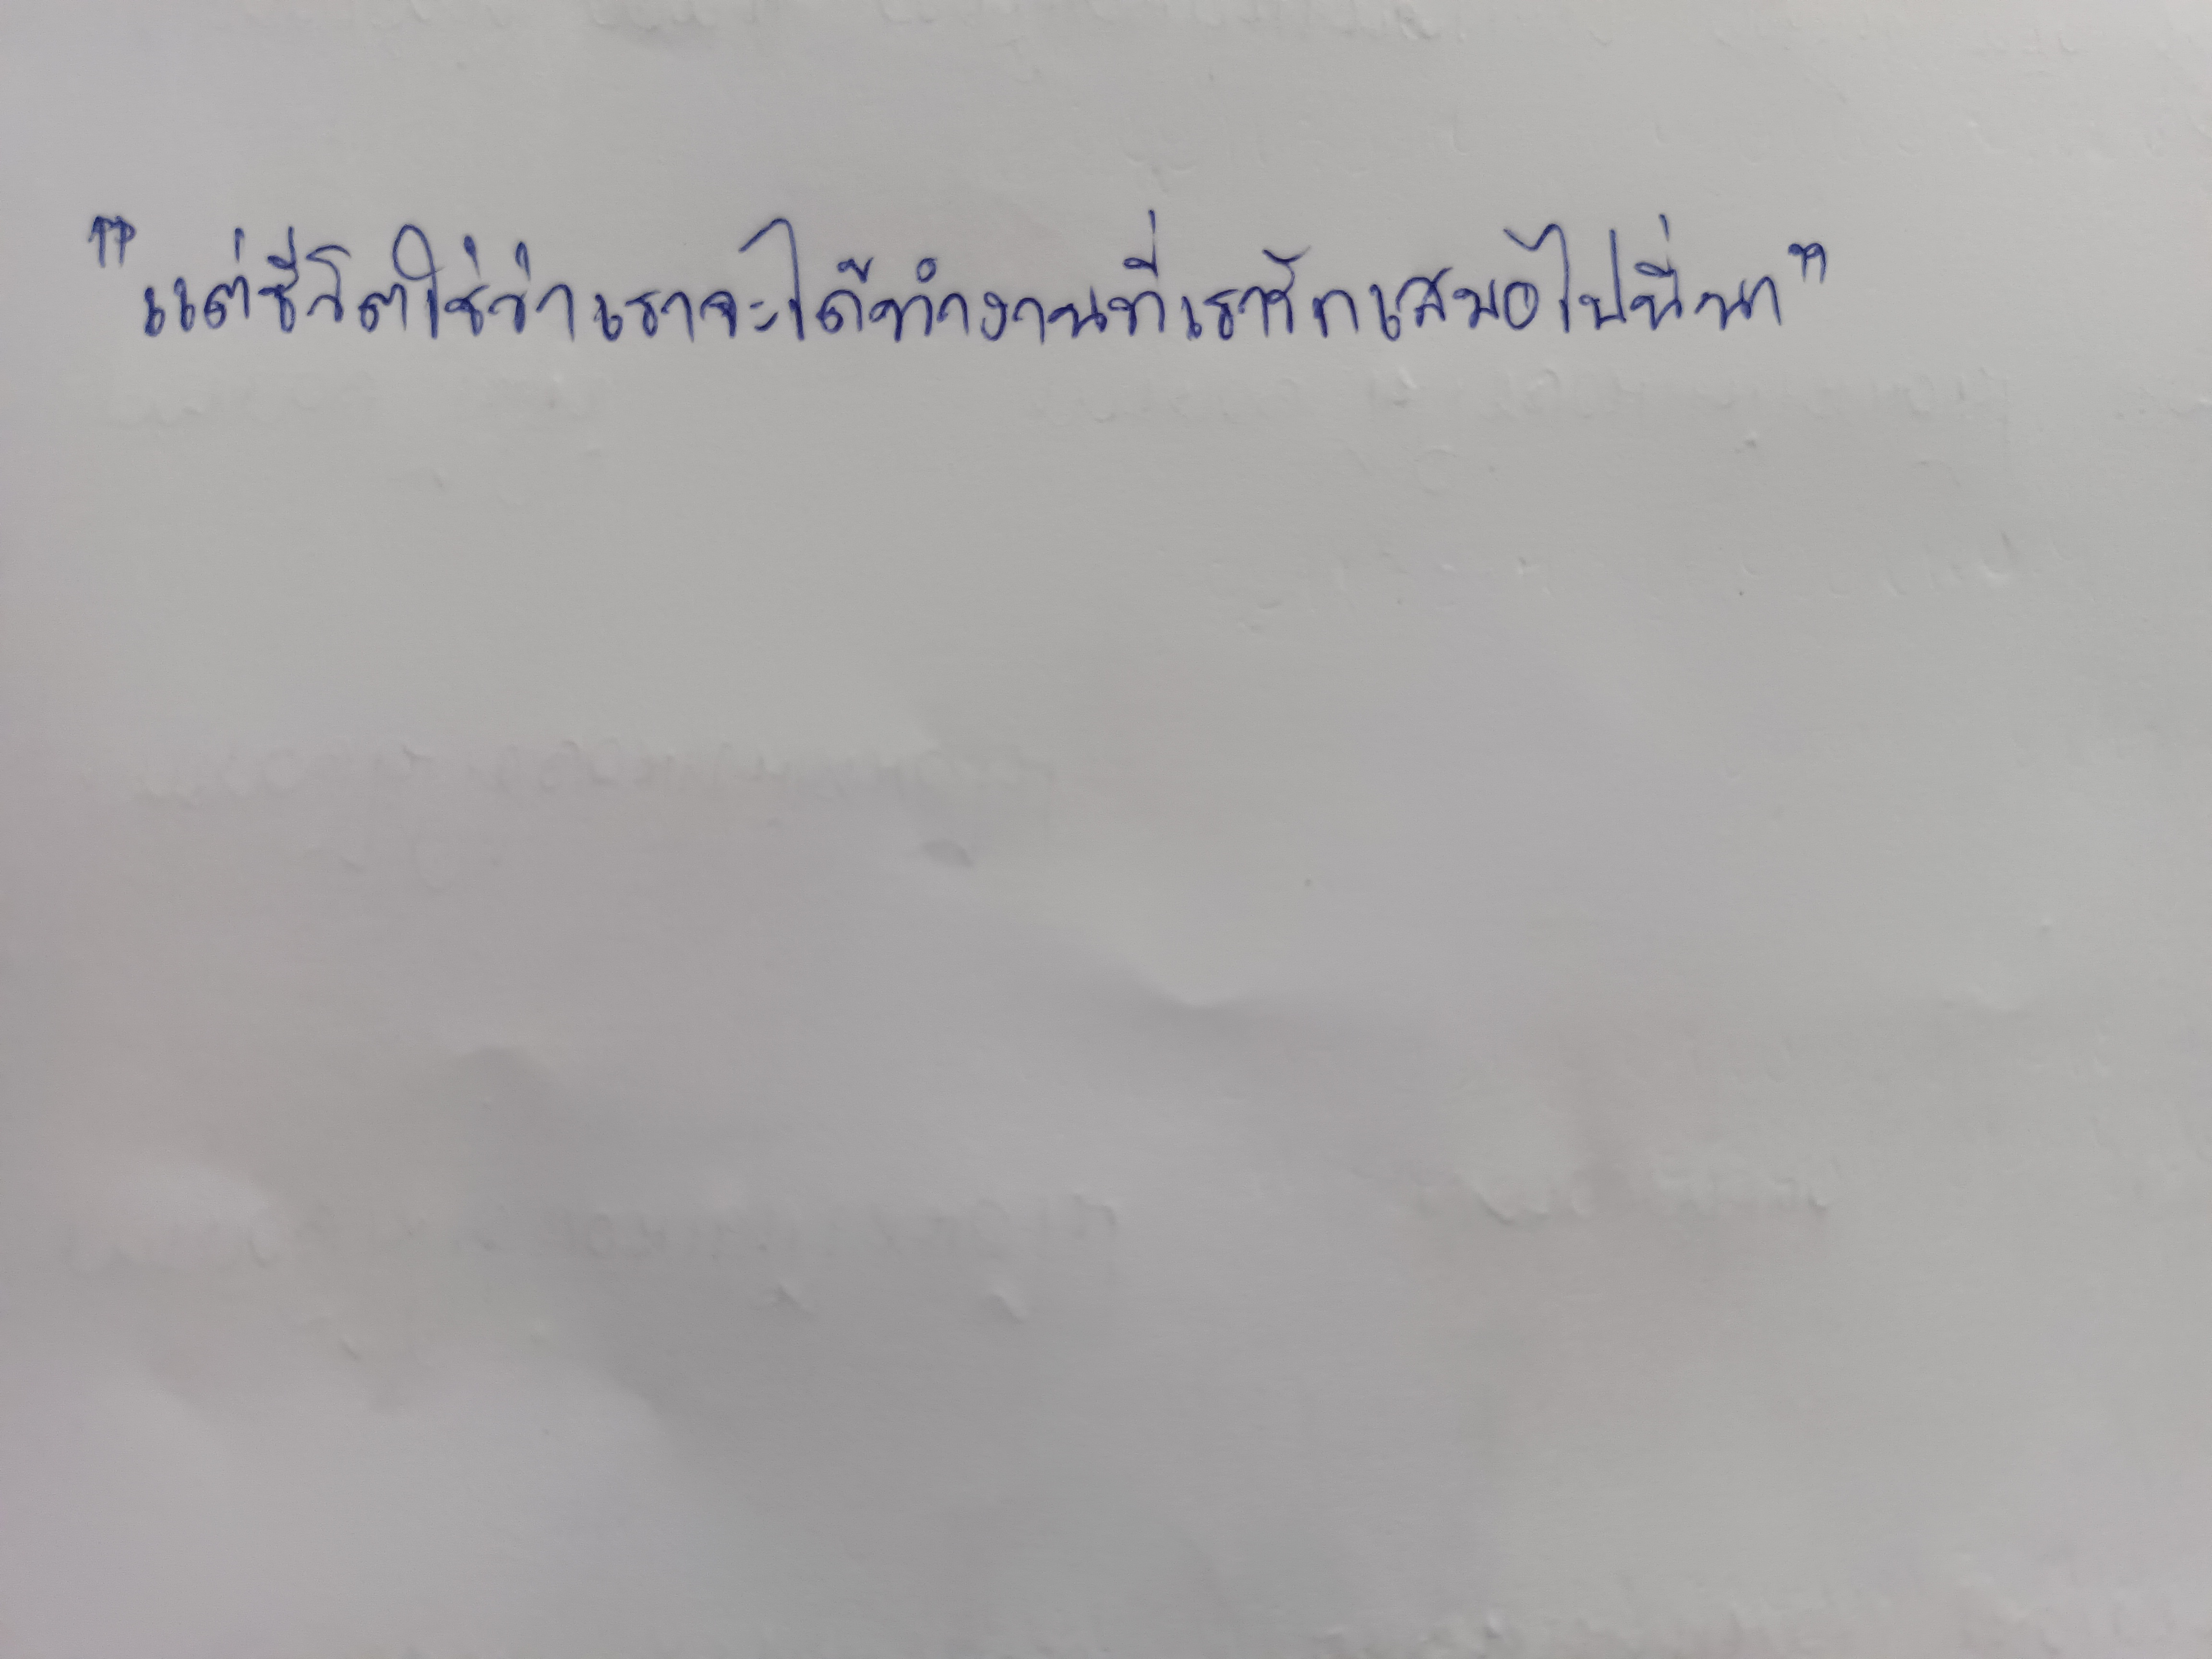
"แต่ชีวิตใช่ว่าเราจะได้ทำงานที่เรารักเสมอไปนี่นา"